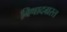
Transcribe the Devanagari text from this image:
बिषादग्रस्त